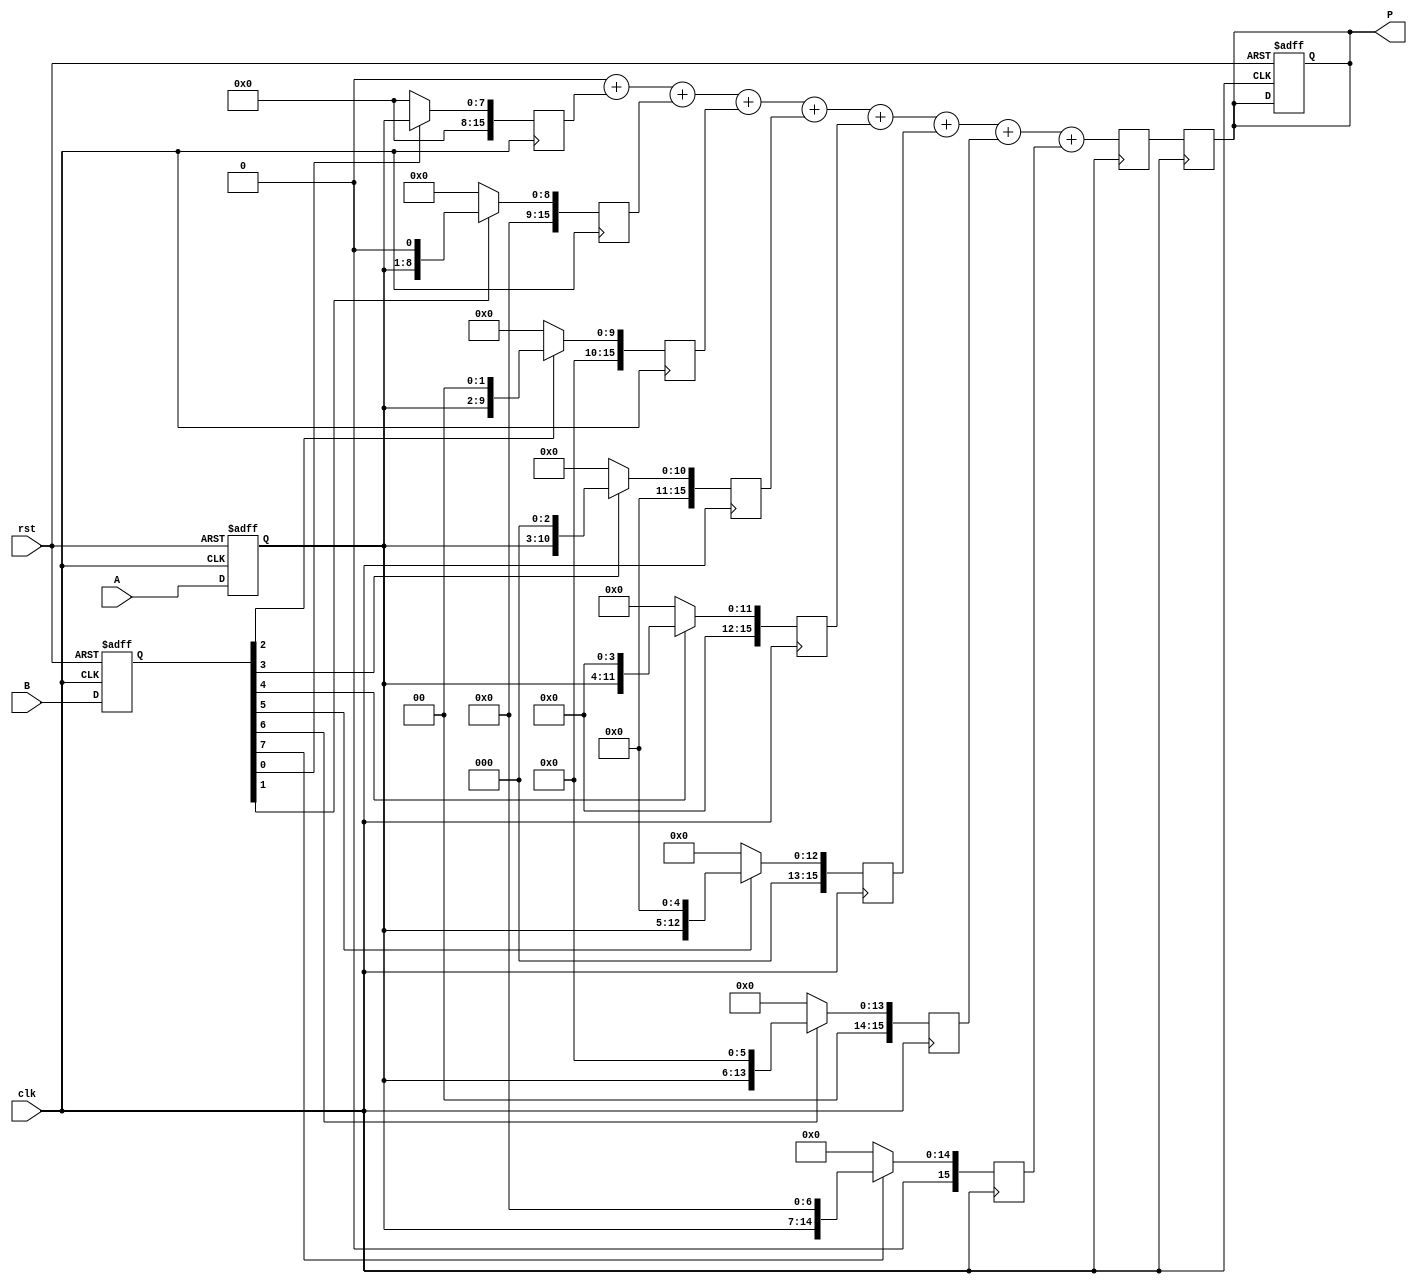
module radix2_multiplier #(parameter WIDTH = 8) (
    input wire clk,              // Clock signal
    input wire rst,              // Reset signal
    input wire [WIDTH-1:0] A,    // Multiplicand
    input wire [WIDTH-1:0] B,    // Multiplier
    output reg [2*WIDTH-1:0] P   // Product
);

    reg [WIDTH-1:0] multiplicand; // Register for multiplicand
    reg [WIDTH-1:0] multiplier;    // Register for multiplier
    reg [2*WIDTH-1:0] partial_product [0:WIDTH-1]; // Array of partial products
    reg [2*WIDTH-1:0] sum;         // Sum of partial products
    integer i;

    // Stage 1: Input capture
    always @(posedge clk or posedge rst) begin
        if (rst) begin
            multiplicand <= 0;
            multiplier <= 0;
            P <= 0;
        end else begin
            multiplicand <= A; // Load multiplicand
            multiplier <= B;   // Load multiplier
        end
    end

    // Stage 2: Partial product generation
    always @(posedge clk) begin
        for (i = 0; i < WIDTH; i = i + 1) begin
            partial_product[i] <= (multiplier[i]) ? (multiplicand << i) : 0; // Generate partial products
        end
    end

    // Stage 3: Shift and Add Logic
    always @(posedge clk) begin
        sum = 0; // Reset sum
        for (i = 0; i < WIDTH; i = i + 1) begin
            sum = sum + partial_product[i]; // Sum all partial products
        end
    end

    // Stage 4: Output register
    always @(posedge clk) begin
        P <= sum; // Store final product
    end

endmodule